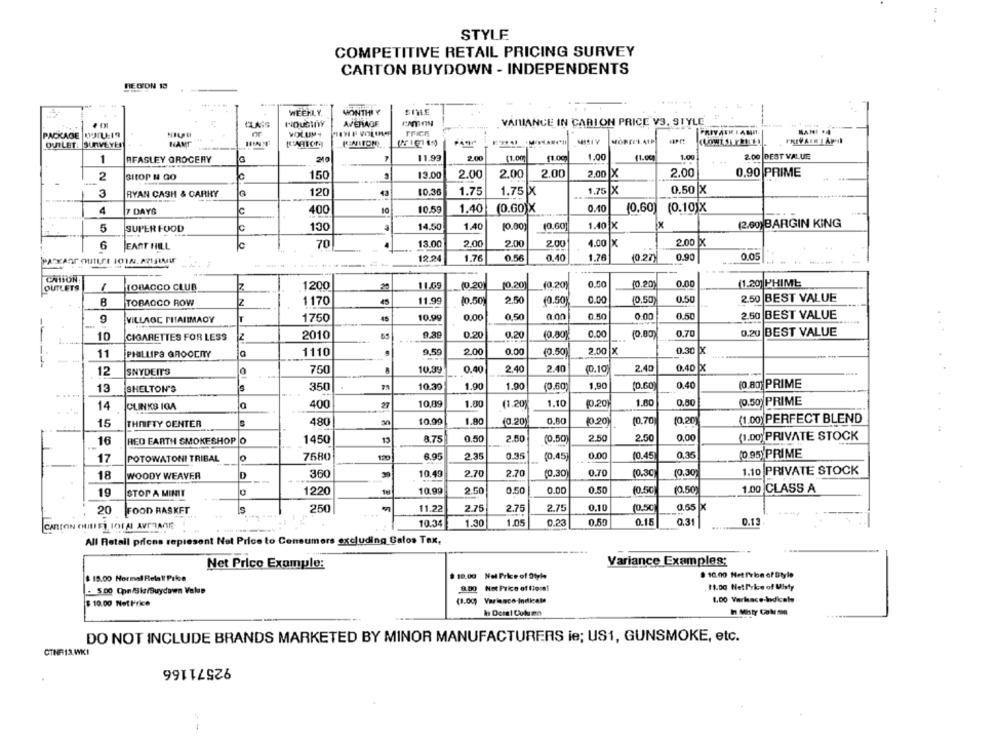
STYLE
COMPETITIVE RETAIL PRICING SURVEY
CARTON BUYDOWN - INDEPENDENTS
RE ESON 18
WEEKLY
MONTHEY
SILE
CLASS
AVERAGE
VARIANCE IN CARION PRICE V3. STYLE
PACKAGE OUTU:19
VOLUM+
OF VOLINO
rrich
PRIVATE LANE
NAMT
OUTLET SURVEYEI
2.00
1.00
11.00
1.00
2.00 BEST VALUE
1
AFASLEY GROCERY
210
11.99
(1.00
11.00
0,90 PRIME
2
SIEOP # GO
150
13.00
2.00
2.00
2.00
2.00 X
2.00
3
RYAN CASH & CARRY
120
10.36
1.75
1.75 X
1.75 X
0.50 x
0.10
4
7 DAYS
400
10.59
1.40
(0.GO)X
(0.60) (0.10)X
(2.00)BARGIN KING
5
SUPER FOOD
130
14.50
1.40
(0.00)
(0,60]
1.40 x
X
EAST HILL
70
13.00
2.00
2.00
2.00
4.00 x
2.00 x
6
PATKAST OUTLET IOWN. AFIRMU
12.24
1.76
0.56
0.40
1.76
0.27)
0.90
0.05
------
Doro
CAUSON
0.50
(0.20)
(1.20] PHIME
OUTLETS
1
TOBACCO CLUB
1200
11.69
(0.20
(0.20)
(0.20)
2.50 BEST VALUE
8
TOBACCO ROW
Z
1170
45
11.99
10.50
2.50
(0.50)
0.00
(0.50)
0.50
9
VILLAGE THAIIMAOY
1750
45
10.99
0.00
0.50
a.on
0.50
0:00
0.50
2.50 BEST VALUE
0.20
0.20
(0.80)
0.00
(0.00)
0.70
0.20 BEST VALUE
--
10
CIGARETTES FOR LESS
12
2010
11
PHILLIPS GROOCITY
1110
9.59
2.00
0.00
(0.50)
2.00 x
0.30 x
12
SNYDEIT'S
750
10.39
0.40
2.40
2.40
(0.10
2.40
0.40 x
10.3º
1.90
1.90
(0.60
1,90
(0.60)
0.40
(0.80) PRIME
13
SHELTON'S
350
(0.50) PRIME
14
CLINKS IGA
400
27
10,09
1.00
(1.20)
1.10
(0.20
1.80
0.50
15
THRIFTY CENTER
480
10.99
1.90
(0.20
0.60
(0.20)
(0.70)
(0,20]
(1.00) PERFECT BLEND
8.75
0.50
2.50
(0.50)
2.50
2.50
0,00
(1.00)PRIVATE STOCK
16
RED EARTH SMOKESHOP O
1450
13
17
POTOWATONI TRIBAL
O
7580
120
6.95
2.35
0.35
(0.45]
0.00
(0.45
0,35
10 95 PRIME
18
WOODY WEAVER
D
360
10.49
2.70
2.70
(0.30)
0.70
10.3C
(0.30)
1.10 PRIVATE STOCK
10.99
2.50
0.00
0.50
(0.50
(0.50)
1.00 CLASS A
19
STOP A MIMIT
1220
0.50
20
FOOD RASKFT
250
11.22
2.75
2.75
2.75
0.10
(0.50
0.65 x
10.34
1.30
1.05
0.23
0.50
0.15
0.31
0.13
All Retall prices represent Not Price to Consumers excluding Galos Tax,
Net Price Example:
Variance Examples:
$ 15.00 Hormel Relall Price
$ 10.00 Nol Price of Style
$ 10.00 Net Price of Style
9.00 Not Price of loral
.11.00 Net Price of Uity
- 500 Con/Skr/Buydown Value
$ 10.00 Net Price
(1.00
Varienco-Indicata
la Derat Column
DO NOT INCLUDE BRANDS MARKETED BY MINOR MANUFACTURERS ie; US1, GUNSMOKE, etc.
CTNF13.WKI
92571166
--